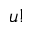
u !